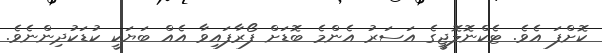
ކޮށްފަ އެވެ. ޓެކްނޮލޮޖީގެ އަސަރު އެންމެ ބޮޑަށް ފޯރާފައިވާ އެއް ބަޔަކީ ކުޑަކުދިންނެވެ.